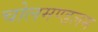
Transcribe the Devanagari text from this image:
चोलमण्डलम